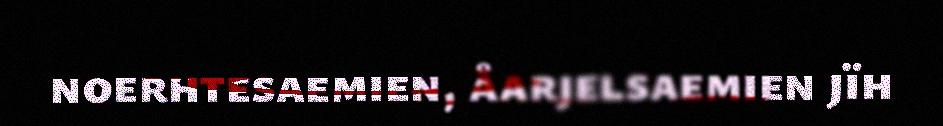
noerhtesaemien, åarjelsaemien jïh